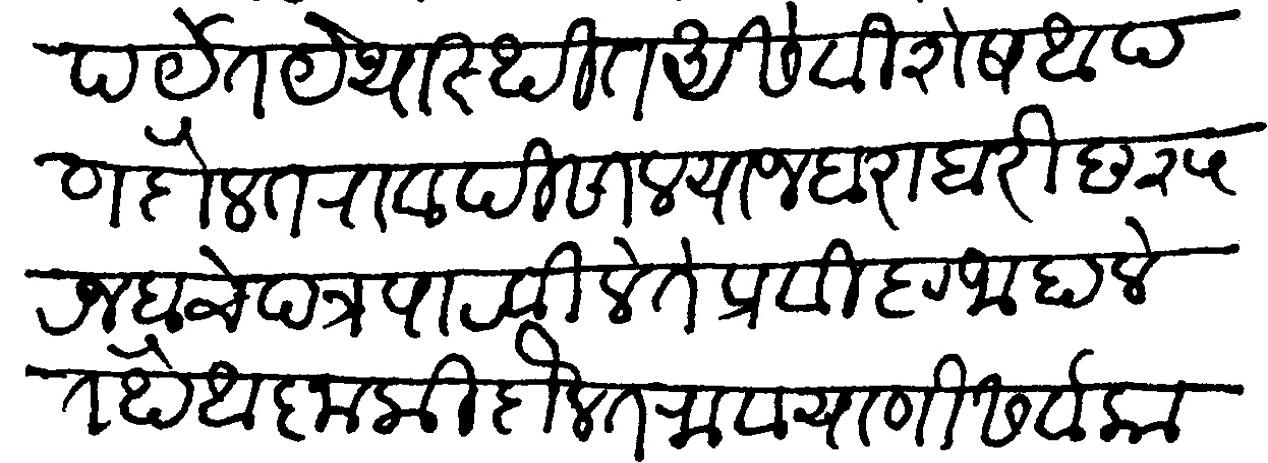
Transliteration (Devanagari): पर्यत यथास्थित असे विशेष आपण दौलतराव पिसाल याज बराबरी छ २५ रजबचे पत्र पाठविले ते प्रविष्ट जाहाले तेथे आज्ञा की दौलतराव याणी सर्व कागद